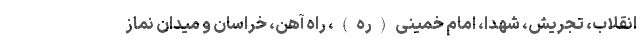
انقلاب، تجریش، شهدا، امام خمینی(ره)، راه آهن، خراسان و میدان نماز